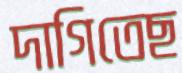
দাগিতেছ